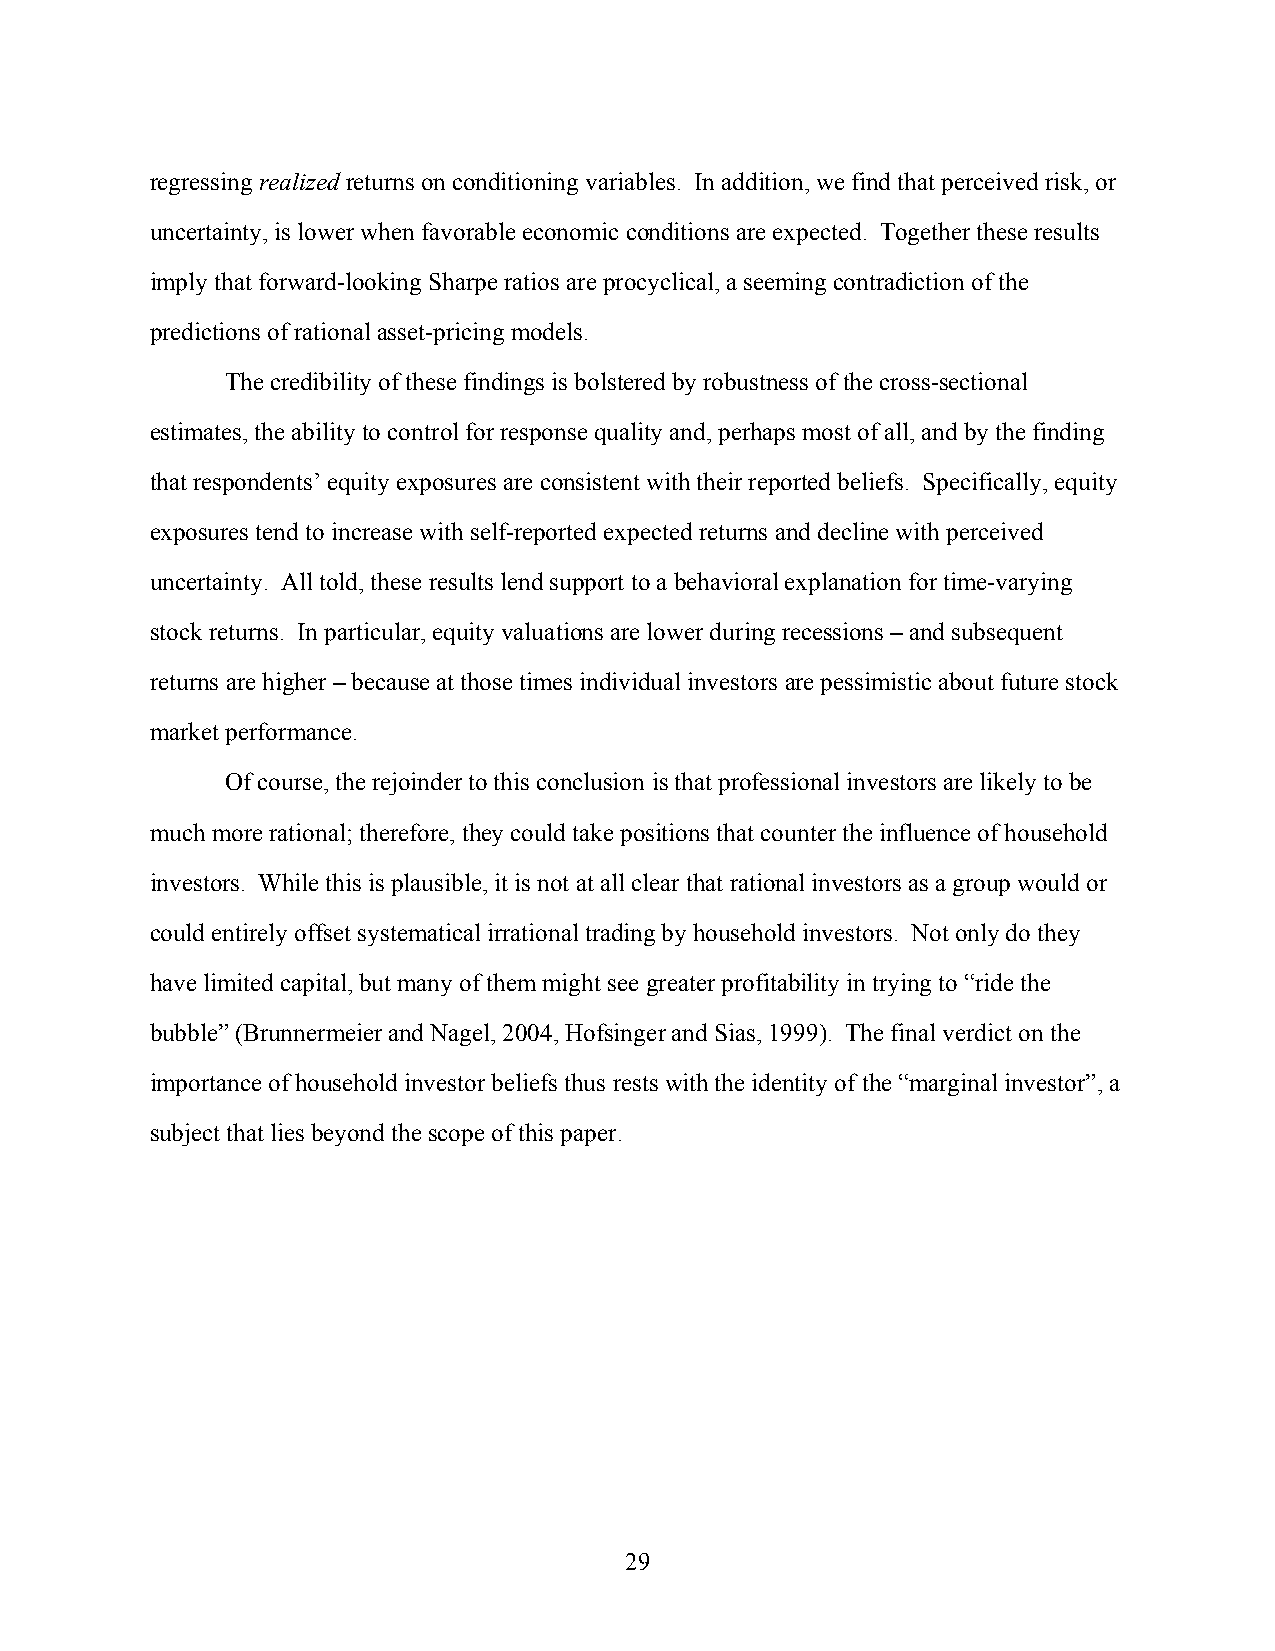
regressing realized returns on conditioning variables. In addition, we find that perceived risk, or
 uncertainty, is lower when favorable economic conditions are expected. Together these results
 imply that forward-looking Sharpe ratios are procyclical, a seeming contradiction of the
 predictions of rational asset-pricing models.
 The credibility of these findings is bolstered by robustness of the cross-sectional
 estimates, the ability to control for response quality and, perhaps most of all, and by the finding
 that respondents’ equity exposures are consistent with their reported beliefs. Specifically, equity
 exposures tend to increase with self-reported expected returns and decline with perceived
 uncertainty. All told, these results lend support to a behavioral explanation for time-varying
 stock returns. In particular, equity valuations are lower during recessions – and subsequent
 returns are higher – because at those times individual investors are pessimistic about future stock
 market performance.
 Of course, the rejoinder to this conclusion is that professional investors are likely to be
 much more rational; therefore, they could take positions that counter the influence of household
 investors. While this is plausible, it is not at all clear that rational investors as a group would or
 could entirely offset systematical irrational trading by household investors. Not only do they
 have limited capital, but many of them might see greater profitability in trying to “ride the
 bubble” (Brunnermeier and Nagel, 2004, Hofsinger and Sias, 1999). The final verdict on the
 importance of household investor beliefs thus rests with the identity of the “marginal investor”, a
 subject that lies beyond the scope of this paper.
 29